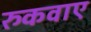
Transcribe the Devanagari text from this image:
रुकवाए